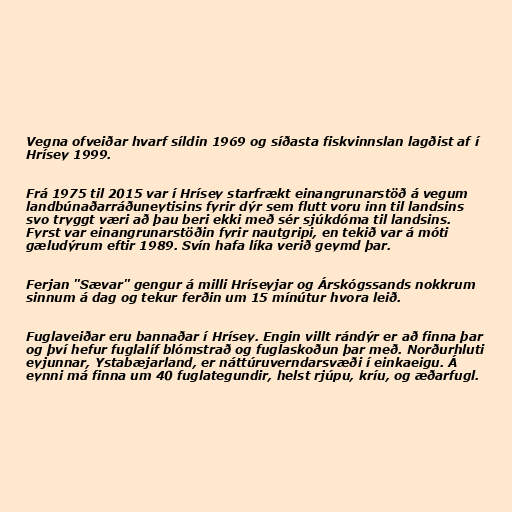
Vegna ofveiðar hvarf síldin 1969 og síðasta fiskvinnslan lagðist af í
Hrísey 1999.

Frá 1975 til 2015 var í Hrísey starfrækt einangrunarstöð á vegum
landbúnaðarráðuneytisins fyrir dýr sem flutt voru inn til landsins
svo tryggt væri að þau beri ekki með sér sjúkdóma til landsins.
Fyrst var einangrunarstöðin fyrir nautgripi, en tekið var á móti
gæludýrum eftir 1989. Svín hafa líka verið geymd þar.

Ferjan "Sævar" gengur á milli Hríseyjar og Árskógssands nokkrum
sinnum á dag og tekur ferðin um 15 mínútur hvora leið.

Fuglaveiðar eru bannaðar í Hrísey. Engin villt rándýr er að finna þar
og því hefur fuglalíf blómstrað og fuglaskoðun þar með. Norðurhluti
eyjunnar, Ystabæjarland, er náttúruverndarsvæði í einkaeigu. Á
eynni má finna um 40 fuglategundir, helst rjúpu, kríu, og æðarfugl.